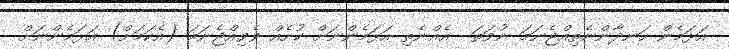
އަޅަމެން ހަނދާންނެތިއްޖެނަމަ ނުވަތަ  އެއްނެތި އަޅަމެންނަށް ކުށެއް ވެވިއްޖެނަމަ (އެކަމަށް) އަޅަމެންނަށް